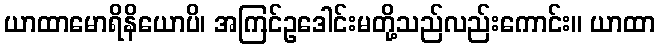
ယာထာမောရိနိယောပိ၊ အကြင်ဥဒေါင်းမတို့သည်လည်းကောင်း။ ယာထာ